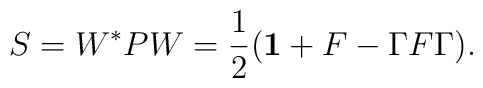
S=W^*PW=\frac{1}{2}({\bf 1}+F-\Gamma F\Gamma).